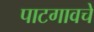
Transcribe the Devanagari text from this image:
पाटगावचे